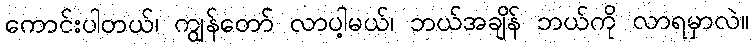
ကောင်းပါတယ်၊ ကျွန်တော် လာပါ့မယ်၊ ဘယ်အချိန် ဘယ်ကို လာရမှာလဲ။